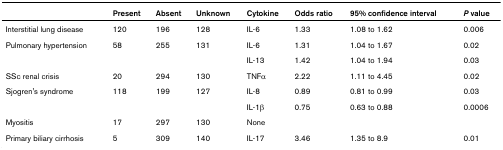
|  | Present | Absent | Unknown | Cytokine | Odds ratio | 95% confidence interval | P value |
 | --- | --- | --- | --- | --- | --- | --- | --- |
 | Interstitial lung disease | 120 | 196 | 128 | IL-6 | 1.33 | 1.08 to 1.62 | 0.006 |
 | Pulmonary hypertension | 58 | 255 | 131 | IL-6 | 1.31 | 1.04 to 1.67 | 0.02 |
 |  |  |  |  | IL-13 | 1.42 | 1.04 to 1.94 | 0.03 |
 | SSc renal crisis | 20 | 294 | 130 | TNFα | 2.22 | 1.11 to 4.45 | 0.02 |
 | Sjogren's syndrome | 118 | 199 | 127 | IL-8 | 0.89 | 0.81 to 0.99 | 0.03 |
 |  |  |  |  | IL-1β | 0.75 | 0.63 to 0.88 | 0.0006 |
 | Myositis | 17 | 297 | 130 | None |  |  |  |
 | Primary biliary cirrhosis | 5 | 309 | 140 | IL-17 | 3.46 | 1.35 to 8.9 | 0.01 |